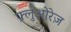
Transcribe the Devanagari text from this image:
फ़्लुओरेज़